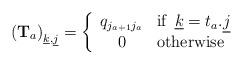
LaTeX: \begin{align*} \left( {\mathbf{T}}_{a} \right)_{\underline{k},\underline{j}}= \left\{ \begin{array}{cl} q_{j_{a+1}j_{a}} & \textrm{if\, } \underline{k}=t_{a}{\bf.}\underline{j}\\ 0 & \textrm{otherwise} \end{array} \right. \end{align*}